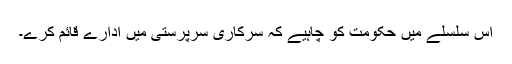
اس سلسلے میں حکومت کو چاہیے کہ سرکاری سرپرستی میں ادارے قائم کرے۔